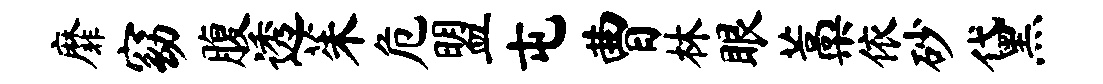
靡窈腹透茱危盟屯曹林眼藁依砂黛